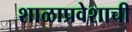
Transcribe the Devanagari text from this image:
शाळाप्रवेशाची